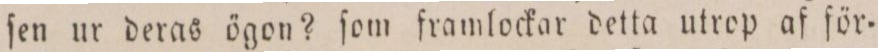
ſen ur deras ögon? ſom framlockar detta utrop af för=